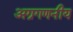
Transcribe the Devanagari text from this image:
अग्रगणनीय